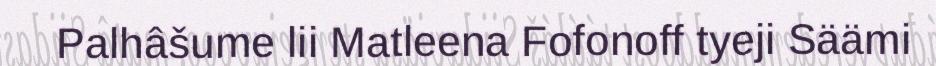
Palhâšume lii Matleena Fofonoff tyeji Säämi